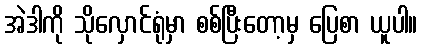
အဲဒါကို သိုလှောင်ရုံမှာ စစ်ပြီးတော့မှ ပြေစာ ယူပါ။